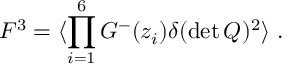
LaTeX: F ^ { 3 } = \langle \prod _ { i = 1 } ^ { 6 } G ^ { - } ( z _ { i } ) \delta ( \operatorname * { d e t } Q ) ^ { 2 } \rangle \ .